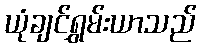
ယုံချင်ရွှမ်းယာသည်